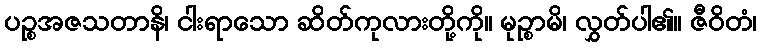
ပဉ္စအဇသတာနိ၊ ငါးရာသော ဆိတ်ကုလားတို့ကို။ မုဉ္စာမိ၊ လွှတ်ပါ၏။ ဇီဝိတံ၊